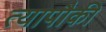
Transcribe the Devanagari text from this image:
त्यापौकी